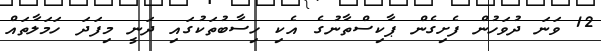
12 ވަނަ ދުވަހުން ފެށިގެން ޕާކިސްތާނުގެ އެކި ހިސާބުތަކުގައި ދަނީ މިފަދަ ހަމަލާތައް